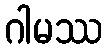
ဂါမဿ